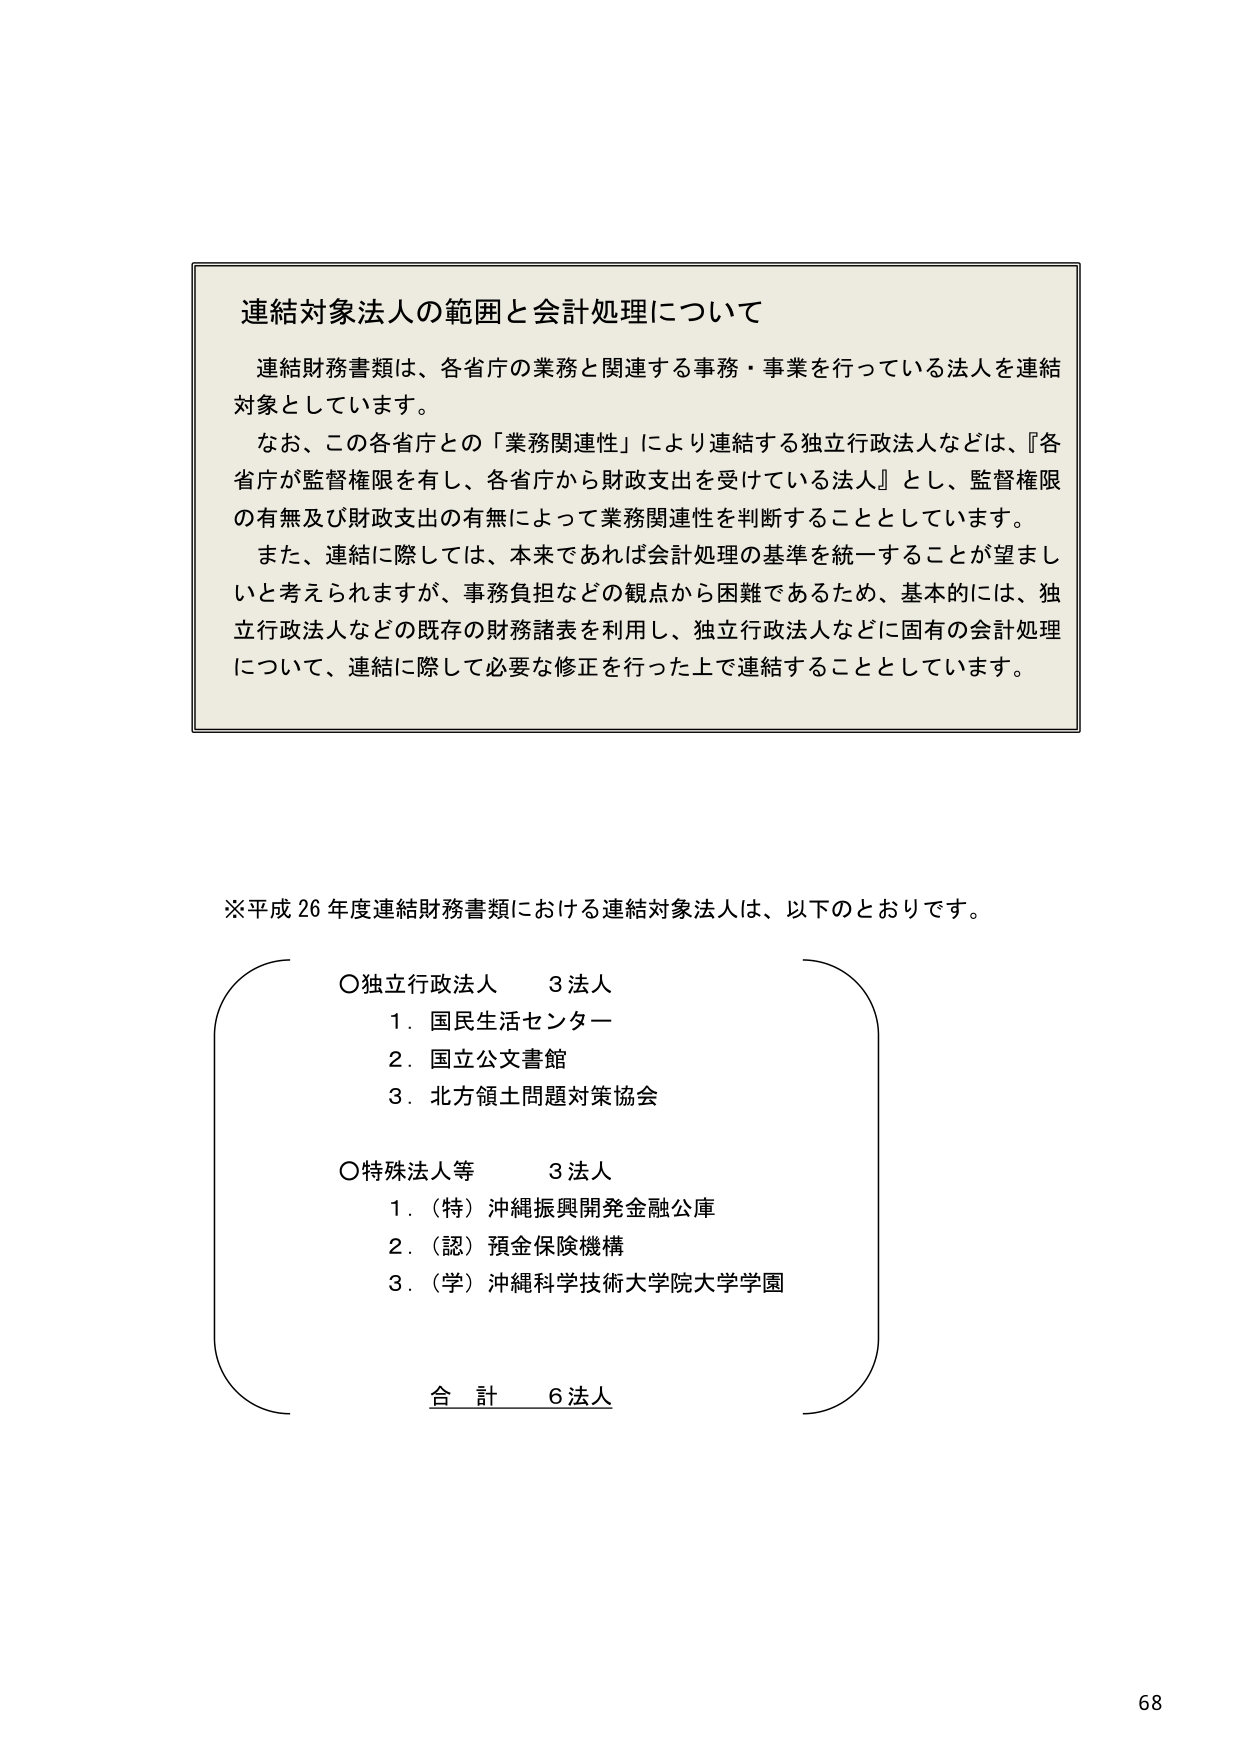
連結対象法人の範囲と会計処理について

連結財務書類は、各省庁の業務と関連する事務・事業を行っている法人を連結対象としています。

なお、この各省庁との「業務関連性」により連結する独立行政法人などは、『各省庁が監督権限を有し、各省庁から財政支出を受けている法人』とし、監督権限の有無及び財政支出の有無によって業務関連性を判断することとしています。

また、連結に際しては、本来であれば会計処理の基準を統一することが望ましいと考えられますが、事務負担などの観点から困難であるため、基本的には、独立行政法人などの既存の財務諸表を利用し、独立行政法人などに固有の会計処理について、連結に際して必要な修正を行った上で連結することとしています。

※平成26年度連結財務書類における連結対象法人は、以下のとおりです。

○独立行政法人　3法人
　1．国民生活センター
　2．国立公文書館
　3．北方領土問題対策協会

○特殊法人等　3法人
　1．（特）沖縄振興開発金融公庫
　2．（認）預金保険機構
　3．（学）沖縄科学技術大学院大学学園

合計　6法人

68